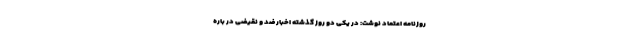
روزنامه اعتماد نوشت: در یکی دو روز گذشته اخبار ضد و نقیضی در باره